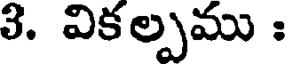
3. వికల్పము :